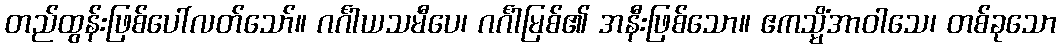
တည်ထွန်းဖြစ်ပေါ်လတ်သော်။ ဂင်္ဂါယသမီပေ၊ ဂင်္ဂါမြစ်၏ အနီးဖြစ်သော။ ဧကသ္မိံအာဝါသေ၊ တစ်ခုသော